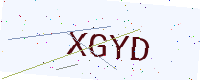
Text: XGYD